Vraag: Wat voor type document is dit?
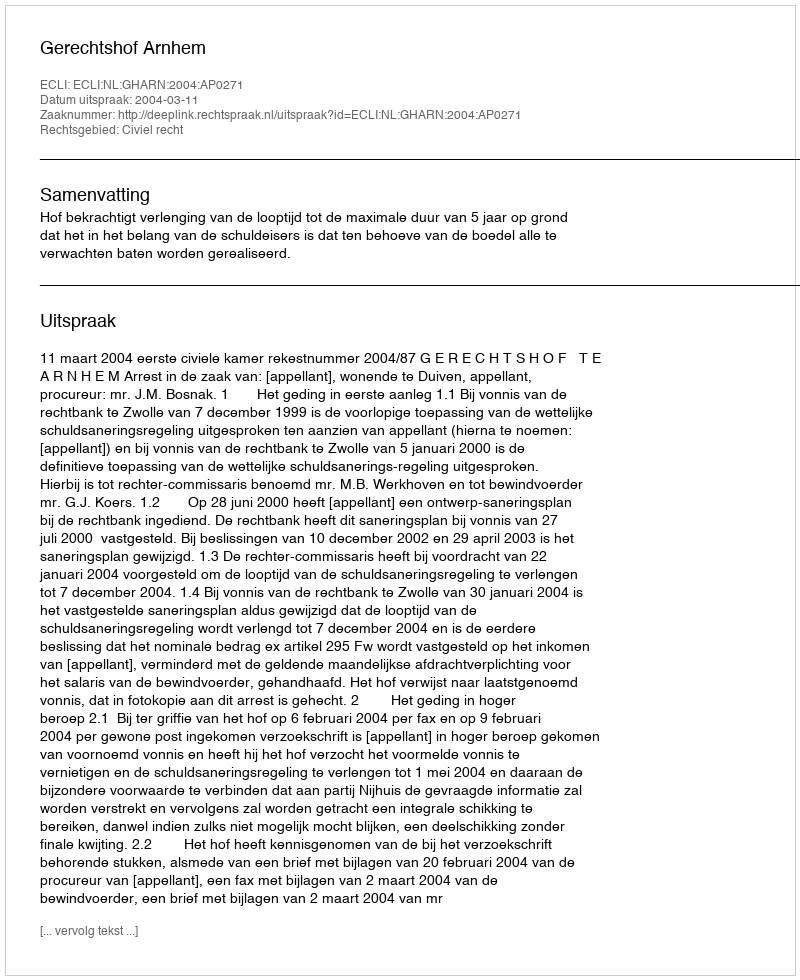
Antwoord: Uitspraak